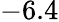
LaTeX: -6.4